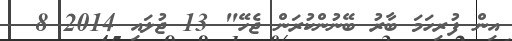
އިން ފުރިހަމަ ބާރު ބޭނުންކުރަން ޖެހޭ" 13 ޖުލައި 2014 8